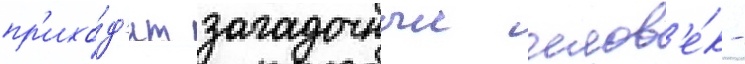
пр'ихо́д'ит загадочныи челов'е́к -